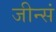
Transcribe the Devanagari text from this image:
जीन्सं